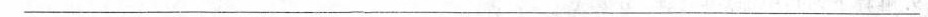
___